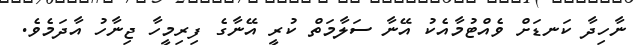
ނާހިދާ ކަނޑަށް ވެއްޓުމާއެކު އޭނާ ސަލާމަތް ކުރީ އޭނާގެ ފިރިމީހާ ޖިނާހު އާދަމެވެ.